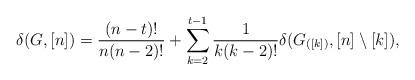
LaTeX: \begin{align*} \delta(G,[n])=\frac{(n-t)!}{n(n-2)!} +\sum_{k=2}^{t-1}\frac{1}{k(k-2)!}\delta(G_{([k])},[n]\setminus[k]), \end{align*}